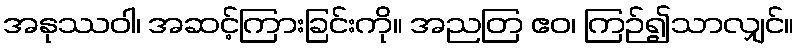
အနုဿဝါ၊ အဆင့်ကြားခြင်းကို။ အညတြ ဧဝ၊ ကြဉ်၍သာလျှင်။